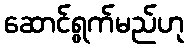
ဆောင်ရွက်မည်ဟု